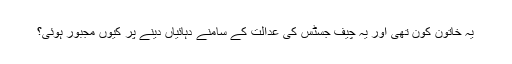
یہ خاتون کون تھی اور یہ چیف جسٹس کی عدالت کے سامنے دہائیاں دینے پر کیوں مجبور ہوئی؟